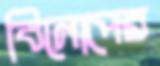
বিলোপের